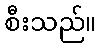
စီးသည်။